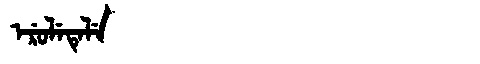
Manchu: ᡝᡵᡠᠯᡝᡨᡝᠯᡝ
Romanization: ERULETELE